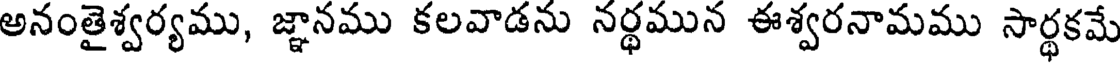
అనంతైశ్వర్యము, జ్ఞానము కలవాడను నర్థమున ఈశ్వరనామము సార్థకమే